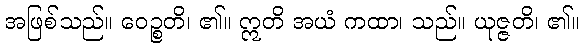
အဖြစ်သည်။ ဝေဉ္စတိ၊ ၏။ ဣတိ အယံ ကထာ၊ သည်။ ယုဇ္ဇတိ၊ ၏။